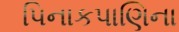
પિનાકપાણિના